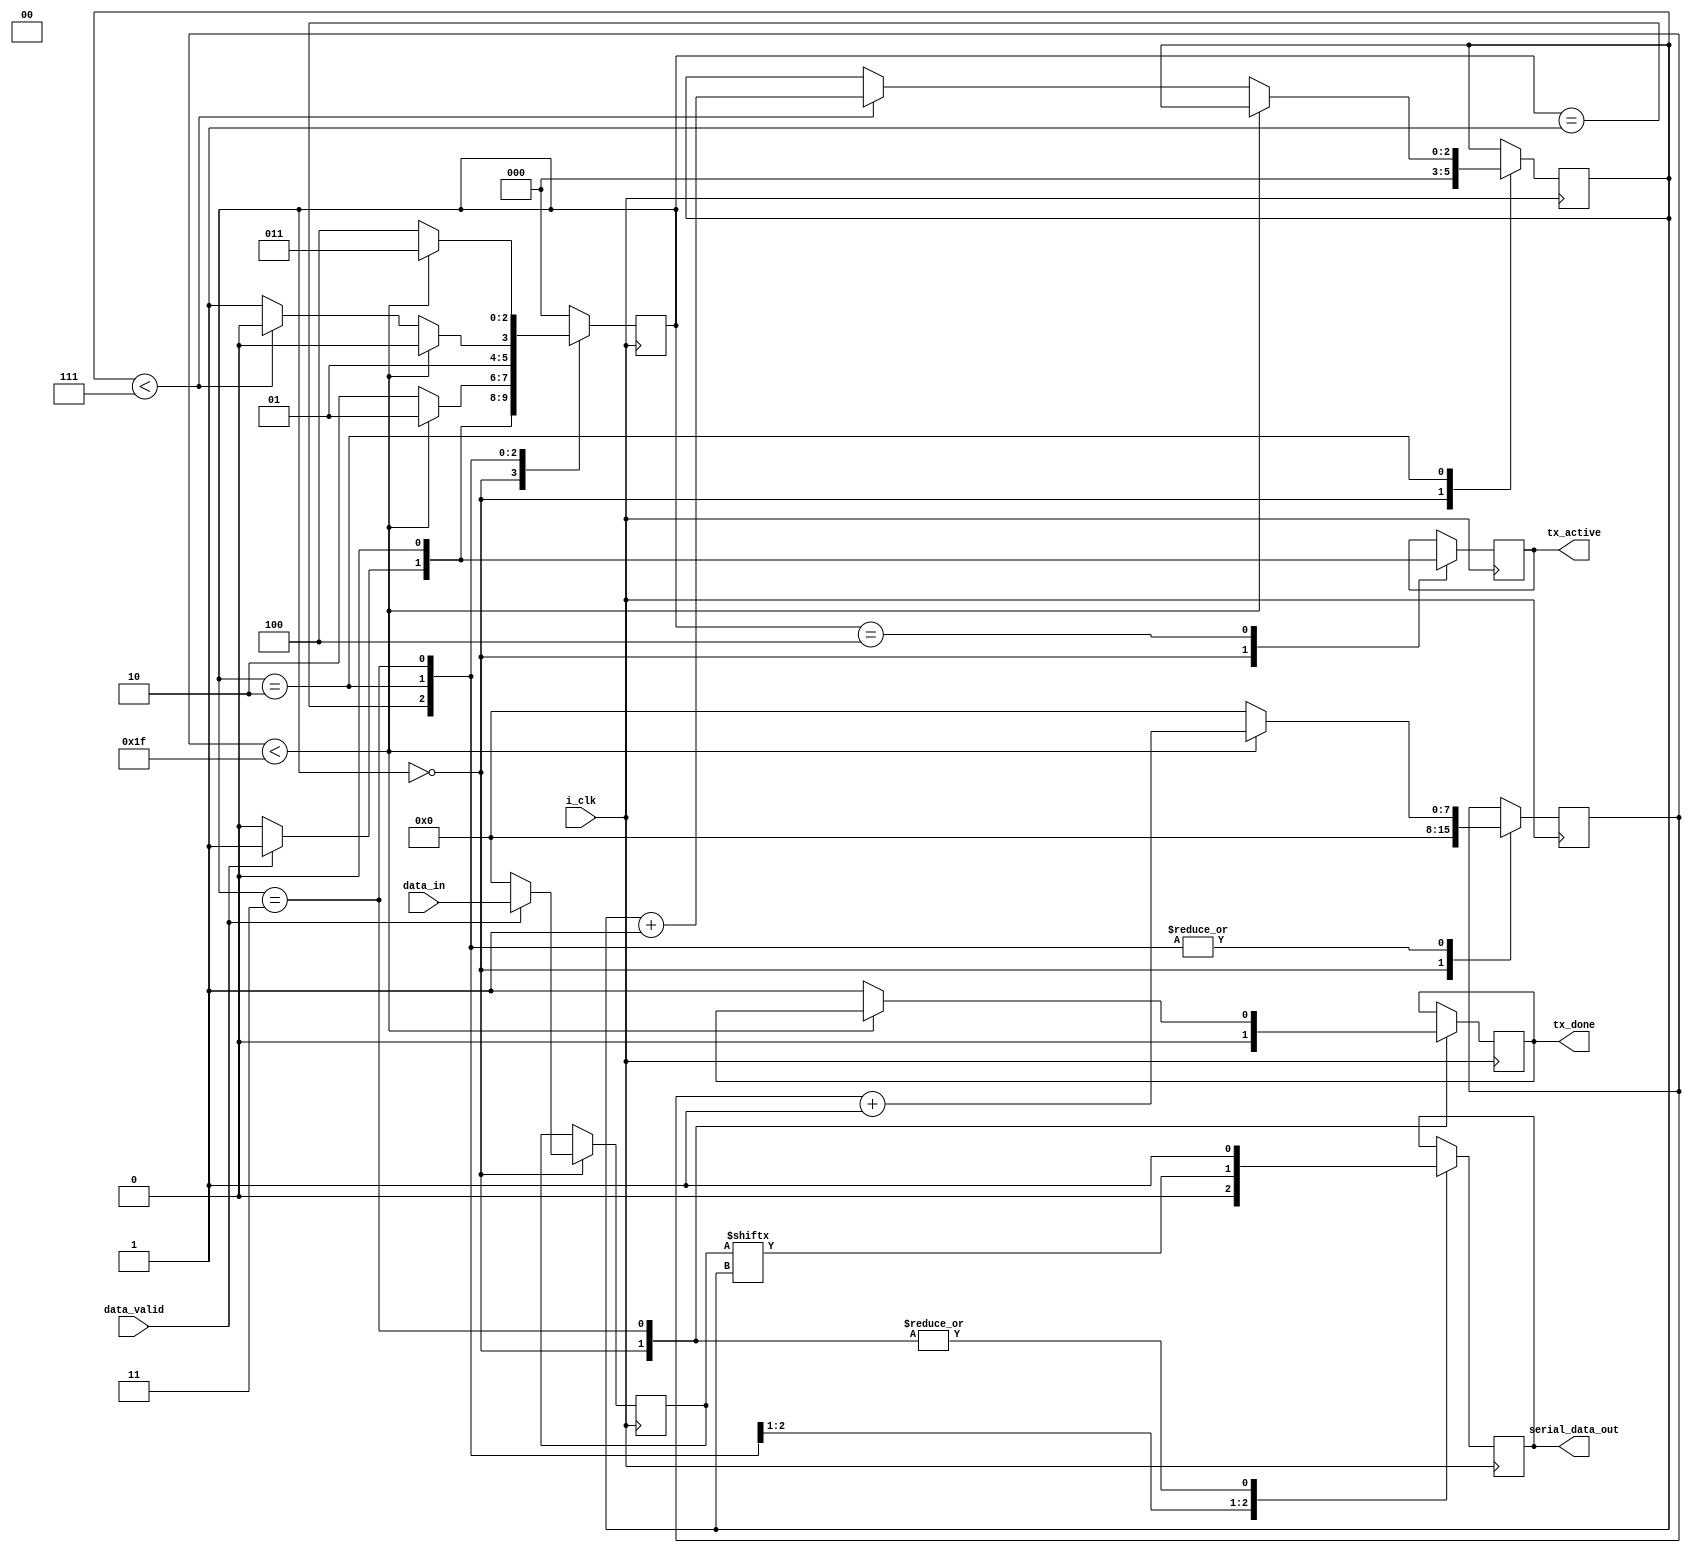
`timescale 1ns / 1ps
//////////////////////////////////////////////////////////////////////////////////
// Company: 
// Engineer: 
// 
// Design Name: 
// Module Name:    uart_tx 
// Project Name: 
// Target Devices: 
// Tool versions: 
// Description: 
//
// Dependencies: 
//
// Revision: 
// Revision 0.01 - File Created
// Additional Comments: 
// no of clk per bit=input_clk_frequency/baud rate;
//
//////////////////////////////////////////////////////////////////////////////////
module uart_tx(i_clk,data_valid,data_in,serial_data_out,tx_active,tx_done);
parameter no_clk_per_bit=32;
input i_clk,data_valid;
input [7:0] data_in;
output serial_data_out,tx_active,tx_done;
parameter idle_state=3'b000;
parameter send_start_bit_state=3'b001;
parameter send_data_state=3'b010;
parameter send_stop_bit_state=3'b011;
parameter resync_state=3'b100;

reg [7:0] data;  // store all data in parallel mode 
reg serial_data=1'b1;  
reg [2:0] cstate=idle_state;
reg [2:0] index;
reg [7:0]  clk_count=0;  // assuming maximum no of clk per bit can have 256
reg make_tx_active;
reg make_tx_done;
assign serial_data_out=serial_data;
assign tx_active=make_tx_active;
assign tx_done=make_tx_done;
always@(posedge i_clk)
	begin
	case(cstate)
	idle_state:
		begin
		data<=0;
		index<=0;
		clk_count<=0;
		make_tx_active<=1'b0;
		make_tx_done<=1'b0;
		serial_data<=1'b1;  // set intially serial_data line to high
		if(data_valid==1'b1)
			begin
			data<=data_in;
			make_tx_active<=1'b1;
			cstate<=send_start_bit_state;
			end
		else
			cstate<=idle_state;
		end
	send_start_bit_state:
		begin
			serial_data<=1'b0;
			if(clk_count<(no_clk_per_bit-1))
				begin
				clk_count<=clk_count+1;
				cstate<=send_start_bit_state;
				end
			else
				begin
				clk_count<=0;
				cstate<=send_data_state;
			end
		end
	send_data_state:
		begin
			serial_data<=data[index];
			if(clk_count<(no_clk_per_bit-1))
				begin
				clk_count<=clk_count+1;
				cstate<=send_data_state;
				end
			else 
				begin
				if(index<7)
					begin
					index<=index+1;
					clk_count<=0;
					cstate<=send_data_state;
					end
				else
					begin
					clk_count<=0;
					cstate<=send_stop_bit_state;
					end
			end
		end
	send_stop_bit_state:
		begin
		serial_data<=1'b1;
		if(clk_count<(no_clk_per_bit-1))
			begin
			clk_count<=clk_count+1;
			cstate<=send_stop_bit_state;
			end
		else
			begin
			make_tx_done<=1'b1;
			clk_count<=0;
			cstate<=resync_state;
			end
		end
	resync_state:
		begin
		make_tx_active<=1'b0;
		cstate<=idle_state;
		end
	default:cstate<=idle_state;
	endcase				
				
					
		
	end		
	



endmodule